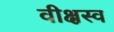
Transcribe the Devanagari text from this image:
वीक्षस्व